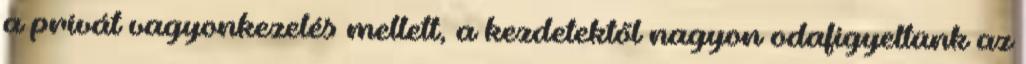
a privát vagyonkezelés mellett, a kezdetektől nagyon odafigyeltünk az